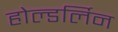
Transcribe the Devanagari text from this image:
होल्डर्लिन